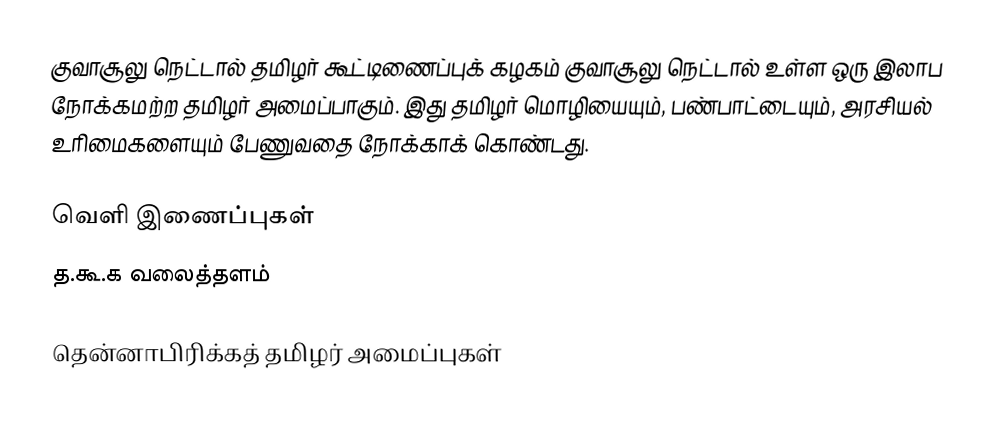
குவாசூலு நெட்டால் தமிழர் கூட்டிணைப்புக் கழகம் குவாசூலு நெட்டால் உள்ள ஒரு இலாப நோக்கமற்ற தமிழர் அமைப்பாகும்.  இது தமிழர் மொழியையும், பண்பாட்டையும், அரசியல் உரிமைகளையும் பேணுவதை நோக்காக் கொண்டது.

வெளி இணைப்புகள்
 த.கூ.க வலைத்தளம்

தென்னாபிரிக்கத் தமிழர் அமைப்புகள்